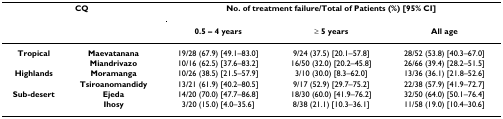
| <COLSPAN=2> CQ | <COLSPAN=3> No. of treatment failure/Total of Patients (%) [95% CI] |
 |  |  | 0.5 – 4 years | ≥ 5 years | All age |
 | --- | --- | --- | --- | --- |
 | Tropical | Maevatanana | 19/28 (67.9) [49.1–83.0] | 9/24 (37.5) [20.1–57.8] | 28/52 (53.8) [40.3–67.0] |
 |  | Miandrivazo | 10/16 (62.5) [37.6–83.2] | 16/50 (32.0) [20.2–45.8] | 26/66 (39.4) [28.2–51.5] |
 | Highlands | Moramanga | 10/26 (38.5) [21.5–57.9] | 3/10 (30.0) [8.3–62.0] | 13/36 (36.1) [21.8–52.6] |
 |  | Tsiroanomandidy | 13/21 (61.9) [40.2–80.5] | 9/17 (52.9) [29.7–75.2] | 22/38 (57.9) [41.9–72.7] |
 | Sub-desert | Ejeda | 14/20 (70.0) [47.7–86.8] | 18/30 (60.0) [41.9–76.2] | 32/50 (64.0) [50.1–76.4] |
 |  | Ihosy | 3/20 (15.0) [4.0–35.6] | 8/38 (21.1) [10.3–36.1] | 11/58 (19.0) [10.4–30.6] |